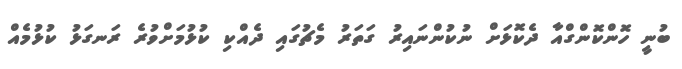
ބުނީ ހޮންކޮންގްއާ ދެކޮޅަށް ނުކުންނައިރު ގަތަރު މެޗުގައި ދެއްކި ކުޅުމަށްވުރެ ރަނގަޅު ކުޅުމެއް